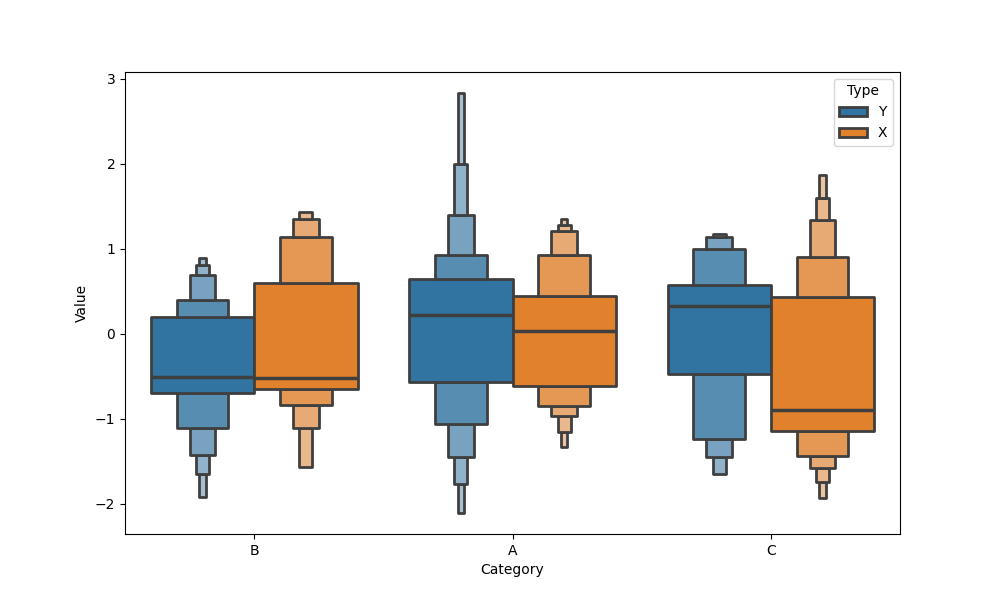
python, seaborn, boxenplot, k_depth='full', linewidth=2, scale='exponential', outlier_prop=0.1, showfliers=True